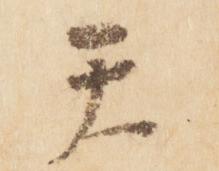
天